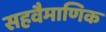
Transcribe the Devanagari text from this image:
सहवैमाणिक